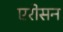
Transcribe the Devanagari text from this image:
एरोसन